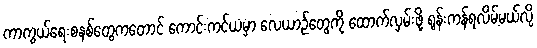
ကာကွယ်ရေးစနစ်တွေကတောင် ကောင်းကင်ယံမှာ လေယာဉ်တွေကို ထောက်လှမ်းဖို့ ရုန်းကန်ရလိမ့်မယ်လို့